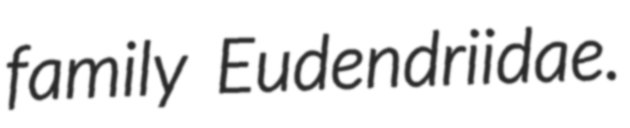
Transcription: family Eudendriidae.